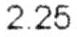
2.25